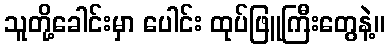
သူတို့ခေါင်းမှာ ပေါင်း ထုပ်ဖြူကြီးတွေနဲ့။